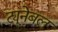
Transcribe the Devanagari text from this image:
ट्यूनेबल